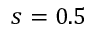
s = 0 . 5